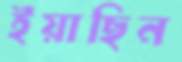
ইয়াছিন